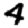
Digit: 4